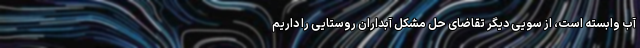
آب وابسته است، از سویی دیگر تقاضای حل مشکل آبداران روستایی را داریم